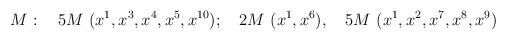
LaTeX: \begin{align*}M:~~~5M~(x^1,x^3,x^4,x^5, x^{10});~~~2M~(x^1, x^6),~~~5M~(x^1,x^2,x^7,x^8,x^9)\end{align*}